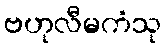
ဗဟုလီမကံသု